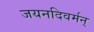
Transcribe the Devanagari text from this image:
जयनदिवर्मन्